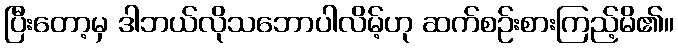
ပြီးတော့မှ ဒါဘယ်လိုသဘောပါလိမ့်ဟု ဆက်စဉ်းစားကြည့်မိ၏။